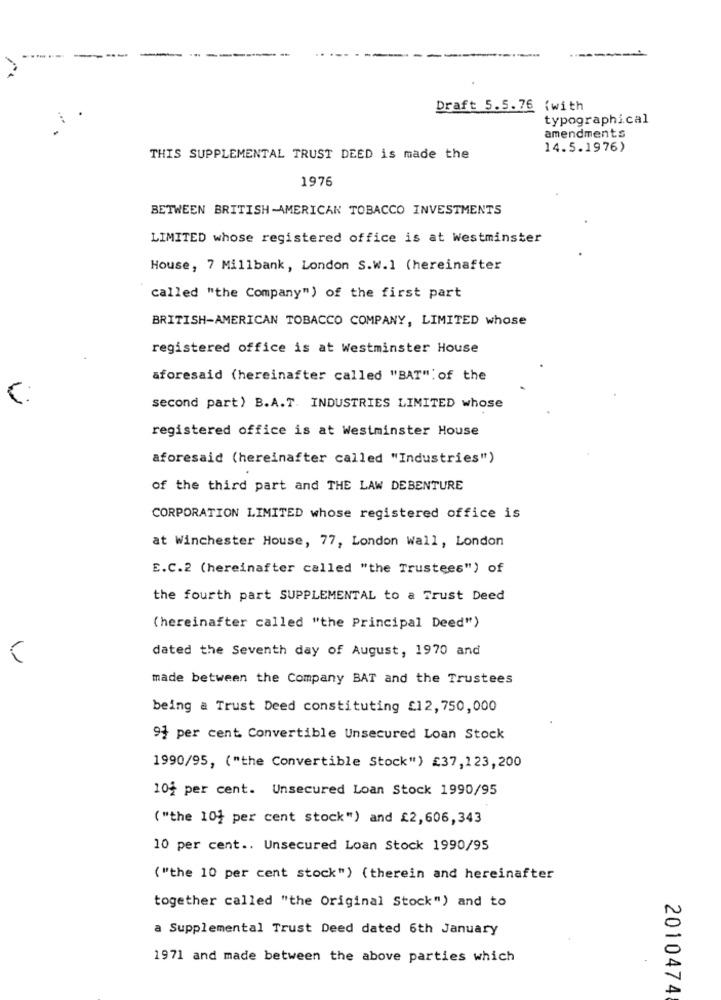
Draft 5.5.76 (with
typographical
amendments
14.5.1976)
THIS SUPPLEMENTAL TRUST DEED is made the
1976
BETWEEN BRITISH AMERICAN TOBACCO INVESTMENTS
LIMITED whose registered office is at westminster
House, 7 Millbank, London S.W.1 (hereinafter
called "the Company") of the first part
BRITISH-AMERICAN TOBACCO COMPANY, LIMITED whose
registered office is at Westminster House
aforesaid (hereinafter called "BAT": of the
second part) B.A.T. INDUSTRIES LIMITED whose
registered office is at Westminster House
aforesaid (hereinafter called "Industries")
of the third part and THE LAW DEBENTURE
CORPORATION LIMITED whose registered office is
at Winchester House, 77, London Wall, London
E.C.2 (hereinafter called "the Trustees") of
the fourth part SUPPLEMENTAL to a Trust Deed
(hereinafter called "the Principal Deed")
dated the Seventh day of August, 1970 and
made between the Company BAT and the Trustees
being a Trust Deed constituting £12, 750,000
94 per cent Convertible Unsecured Loan Stock
1990/95, ("the Convertible Stock") £37,123, 200
102 per cent. Unsecured Loan Stock 1990/95
( "the 104 per cent stock") and £2,606,343
10 per cent .. Unsecured Loan Stock 1990/95
( "the 10 per cent stock") (therein and hereinafter
together called "the Original Stock") and to
a Supplemental Trust Deed dated 6th January
1971 and made between the above parties which
2010474